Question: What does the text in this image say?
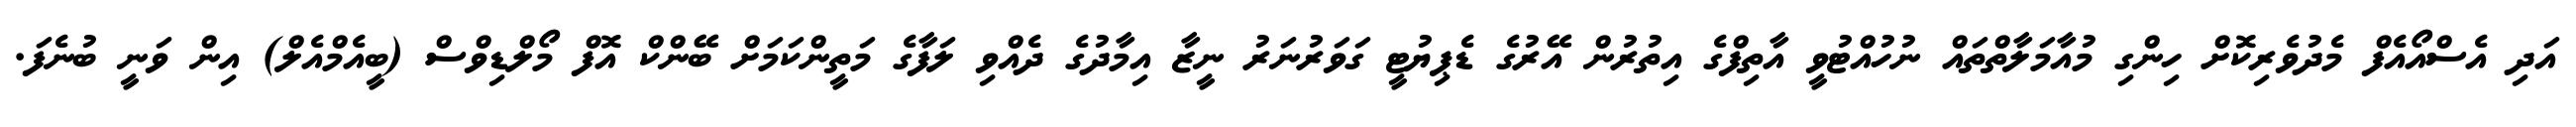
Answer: އަދި އެސްއޯއެފް މެދުވެރިކޮށް ހިންގި މުއާމަލާތްތައް ނުހުއްޓުވީ އާތިފްގެ އިތުރުން އޭރުގެ ޑެޕިޔުޓީ ގަވަރުނަރު ނީޒާ އިމާދުގެ ދެއްވި ލަފާގެ މަތީންކަމަށް ބޭންކް އޮފް މޯލްޑިވްސް (ބީއެމްއެލް) އިން ވަނީ ބުނެފަ.